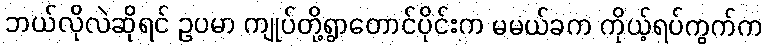
ဘယ်လိုလဲဆိုရင် ဥပမာ ကျုပ်တို့ရွာတောင်ပိုင်းက မမယ်ခက ကိုယ့်ရပ်ကွက်က